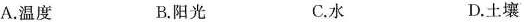
A.温度 B.阳光 C.水 D.土壤